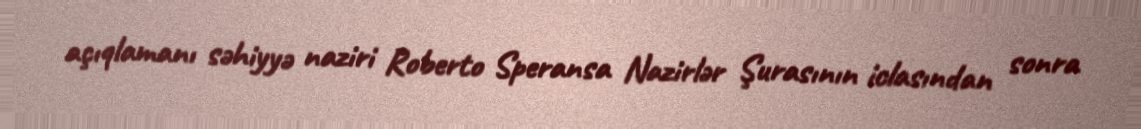
açıqlamanı səhiyyə naziri Roberto Speransa Nazirlər Şurasının iclasından sonra